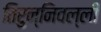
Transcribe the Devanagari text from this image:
तिरुन्निवल्ली